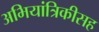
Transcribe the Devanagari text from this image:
अभियांत्रिकीसह